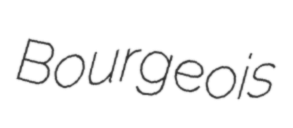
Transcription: Bourgeois